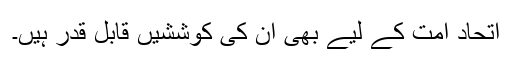
اتحاد امت کے لیے بھی ان کی کوششیں قابل قدر ہیں۔